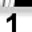
Digit: 1